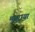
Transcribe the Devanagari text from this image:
मयुराया